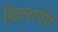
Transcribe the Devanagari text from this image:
खिलायेंगें